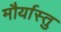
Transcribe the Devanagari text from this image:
मौर्यास्तु